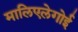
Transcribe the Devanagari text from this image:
मालिएलेगोई